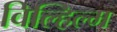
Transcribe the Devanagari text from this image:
विल्हिल्म